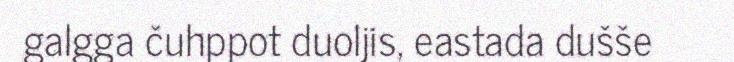
galgga čuhppot duoljis, eastada dušše